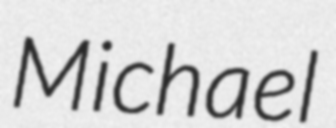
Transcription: Michael